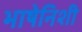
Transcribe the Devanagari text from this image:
भाषेनिशी